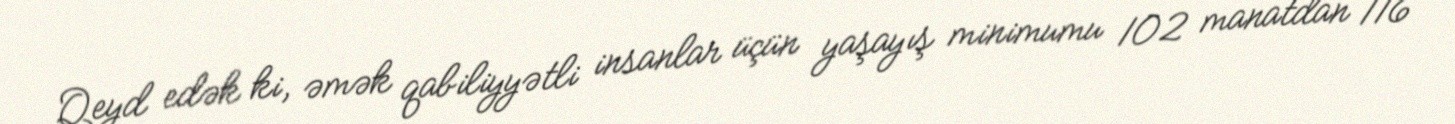
Qeyd edək ki, əmək qabiliyyətli insanlar üçün yaşayış minimumu 102 manatdan 116